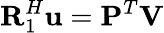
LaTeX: \mathbf{R}_{1}^{H}\mathbf{u}=\mathbf{P}^{T}\mathbf{V}